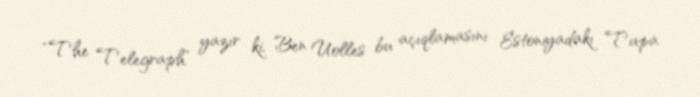
“The Telegraph” yazır ki, Ben Uolles bu açıqlamasını Estoniyadakı Tapa